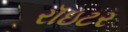
રૉઇટર